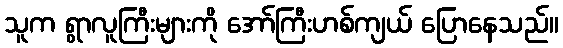
သူက ရွာလူကြီးများကို အော်ကြီးဟစ်ကျယ် ပြောနေသည်။